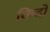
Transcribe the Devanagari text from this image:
किदो